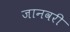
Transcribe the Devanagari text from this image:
जानवरी